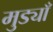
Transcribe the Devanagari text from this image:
मुड्याँ